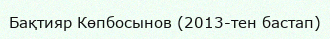
Бақтияр Көпбосынов (2013-тен бастап)